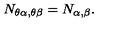
N _ { \theta \alpha , \theta \beta } = N _ { \alpha , \beta } .